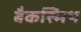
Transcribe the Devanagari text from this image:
बैकस्मिथ